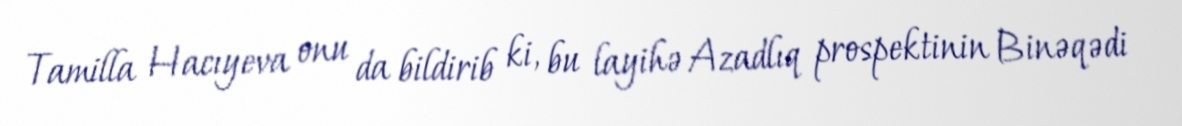
Tamilla Hacıyeva onu da bildirib ki, bu layihə Azadlıq prospektinin Binəqədi